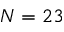
N = 2 3